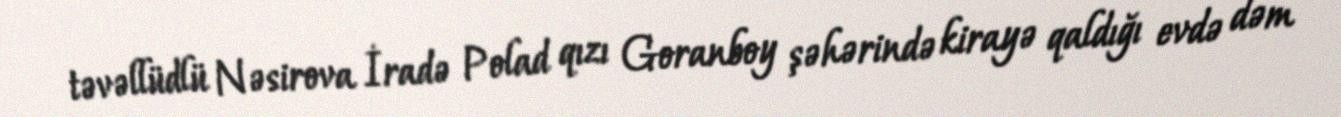
təvəllüdlü Nəsirova İradə Polad qızı Goranboy şəhərində kirayə qaldığı evdə dəm